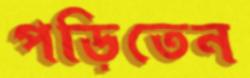
পড়িতেন